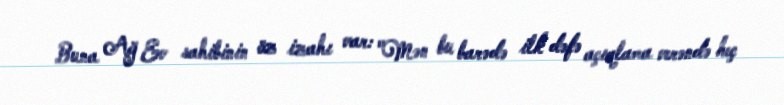
Buna Ağ Ev sahibinin öz izahı var: "Mən bu barədə ilk dəfə açıqlama verəndə heç